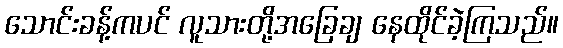
သောင်းခန့်ကပင် လူသားတို့အခြေချ နေထိုင်ခဲ့ကြသည်။